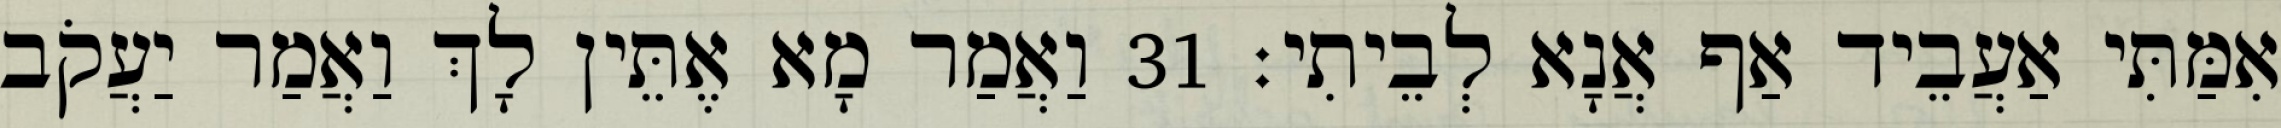
אִמַּתִּי אַעֲבֵיד אַף אֲנָא לְבֵיתִי׃ 31 וַאֲמַר מָא אֶתֵּין לָךְ וַאֲמַר יַעֲקֹב